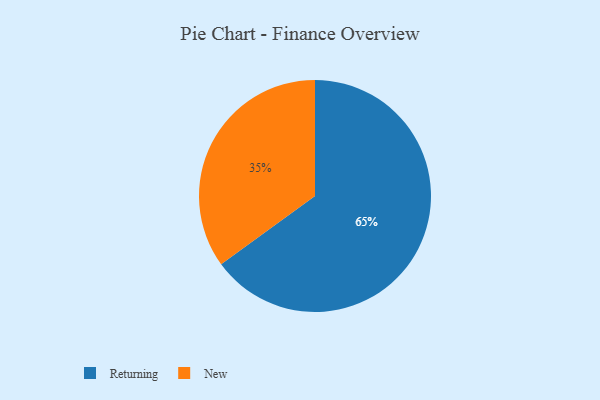
{"axis": {"x": "Category", "y": "Percentage"}, "legend": ["New", "Returning"], "data": [{"x": "New", "y": 35, "type": "New"}, {"x": "Returning", "y": 65, "type": "Returning"}]}